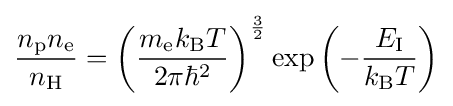
{\frac {n_{\text{p}}n_{\text{e}}}{n_{\text{H}}}}=\left({\frac {m_{\text{e}}k_{\text{B}}T}{2\pi \hbar ^{2}}}\right)^{\frac {3}{2}}\exp \left(-{\frac {E_{\text{I}}}{k_{\text{B}}T}}\right)